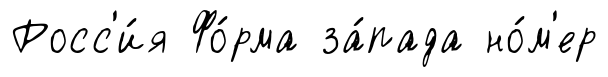
Росс'и́я Фо́рма за́пада но́м'ер